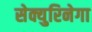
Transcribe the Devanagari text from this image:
सेक्युरिनेगा